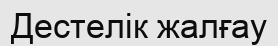
Дестелік жалғау